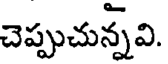
చెప్పుచున్నవి.